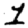
Digit: 1